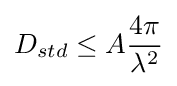
D_{std}\leq A{\frac {4\pi }{\lambda ^{2}}}